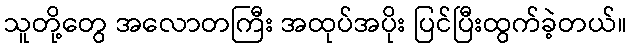
သူတို့တွေ အလောတကြီး အထုပ်အပိုး ပြင်ပြီးထွက်ခဲ့တယ်။